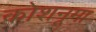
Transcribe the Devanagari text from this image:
कोशनूमा